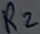
Text: R2